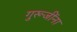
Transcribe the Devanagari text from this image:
गुरूजींना